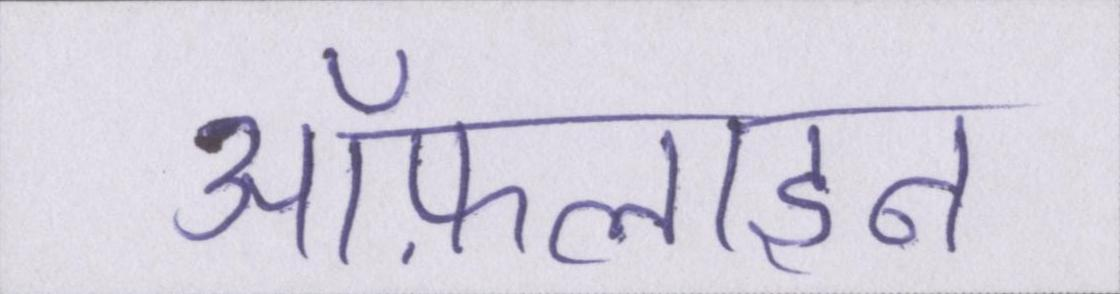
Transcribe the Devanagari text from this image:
ऑफ़लाइन